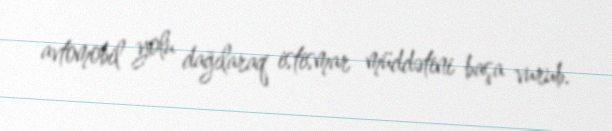
avtomobil yolu dağılaraq istismar müddətini başa vurub.